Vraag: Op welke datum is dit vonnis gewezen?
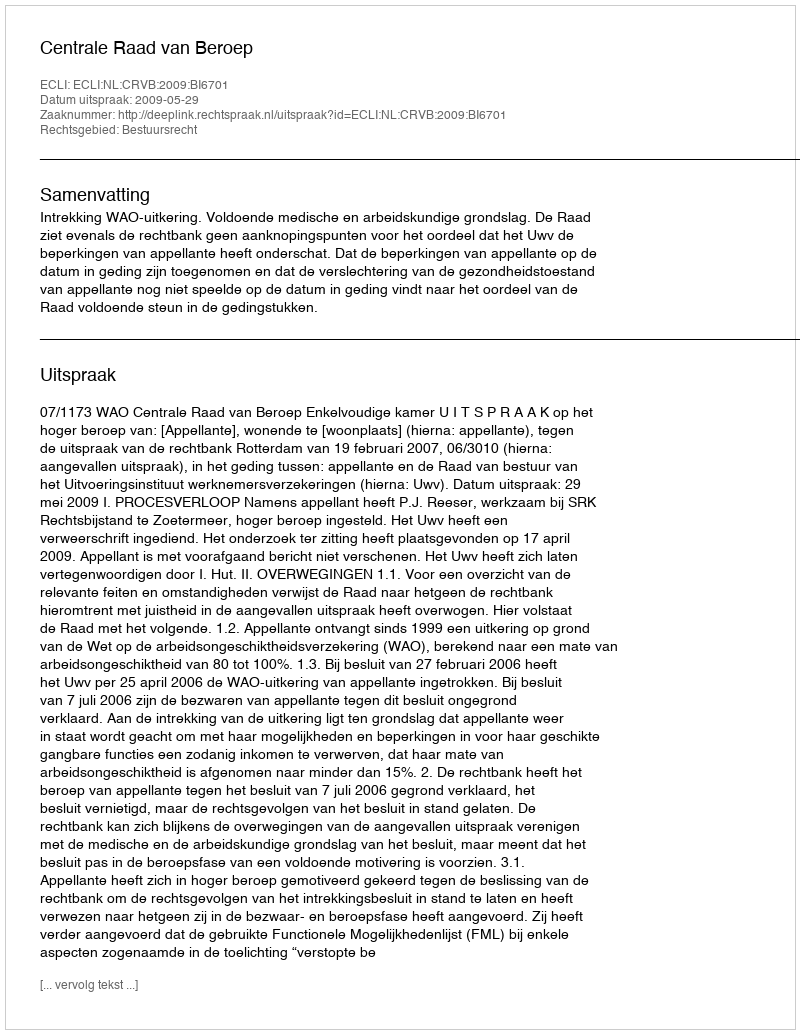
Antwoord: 2009-05-29